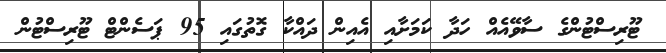
ޓޫރިސްޓުންގެ ސާވޭއެއް ހަދާ ކަމަށާއި އެއިން ދައްކާ ގޮތުގައި 95 ޕަސެންޓް ޓޫރިސްޓުން